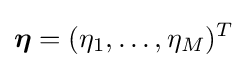
{\boldsymbol {\eta }}=(\eta _{1},\ldots ,\eta _{M})^{T}